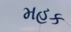
મહક